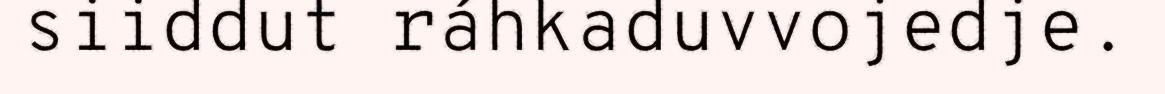
siiddut ráhkaduvvojedje.